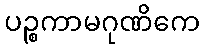
ပဉ္စကာမဂုဏိကေ